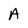
Character: A